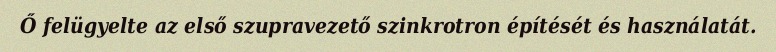
Ő felügyelte az első szupravezető szinkrotron építését és használatát.